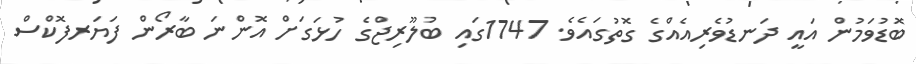
ބޮޑުވަމުން އައީ ދަނޑުވެރިއެއްގެ ގޮތުގައެވެ. 1747ގައި ބުލޫރިޖްގެ ހުޅަގަށް އޮންނަ ބާރޯން ފަޔަރފޮކްސް